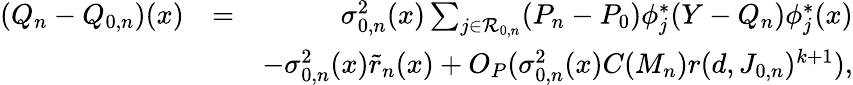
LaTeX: \begin{array}{rlr}{(Q_{n}-Q_{0,n})(x)}&{=}&{\sigma_{0,n}^{2}(x)\sum_{j\in{\cal R}_{0,n}}(P_{n}-P_{0})\phi_{j}^{*}(Y-{Q_{n}})\phi_{j}^{*}(x)}\\ &{}&{-\sigma_{0,n}^{2}(x)\tilde{r}_{n}(x)+O_{P}(\sigma_{0,n}^{2}(x)C(M_{n})r(d,J_{0,n})^{k+1}),}\end{array}